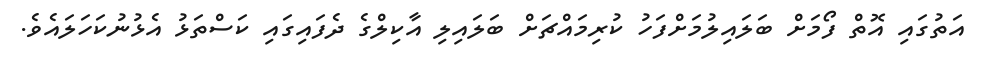
އަތުގައި އޮތް ފޯމަށް ބަލައިލުމަަަށްފަހު ކުރިމައްޗަަށް ބަލައިލި އާކިލްގެ ދެފައިގައި ކަސްތަޅު އެޅުނުކަހަލައެވެ.